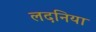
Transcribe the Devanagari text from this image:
लदनिया